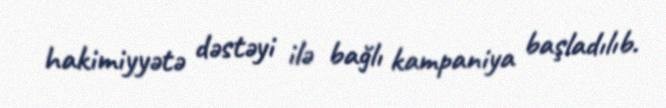
hakimiyyətə dəstəyi ilə bağlı kampaniya başladılıb.